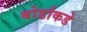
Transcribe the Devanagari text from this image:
बोर्डाकडे